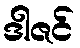
ဒါဇင်